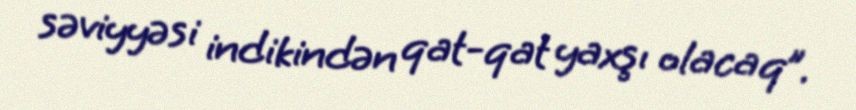
səviyyəsi indikindən qat-qat yaxşı olacaq”.